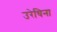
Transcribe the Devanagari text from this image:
उरेचिना